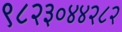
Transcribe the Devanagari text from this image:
९८२३०४४२८२